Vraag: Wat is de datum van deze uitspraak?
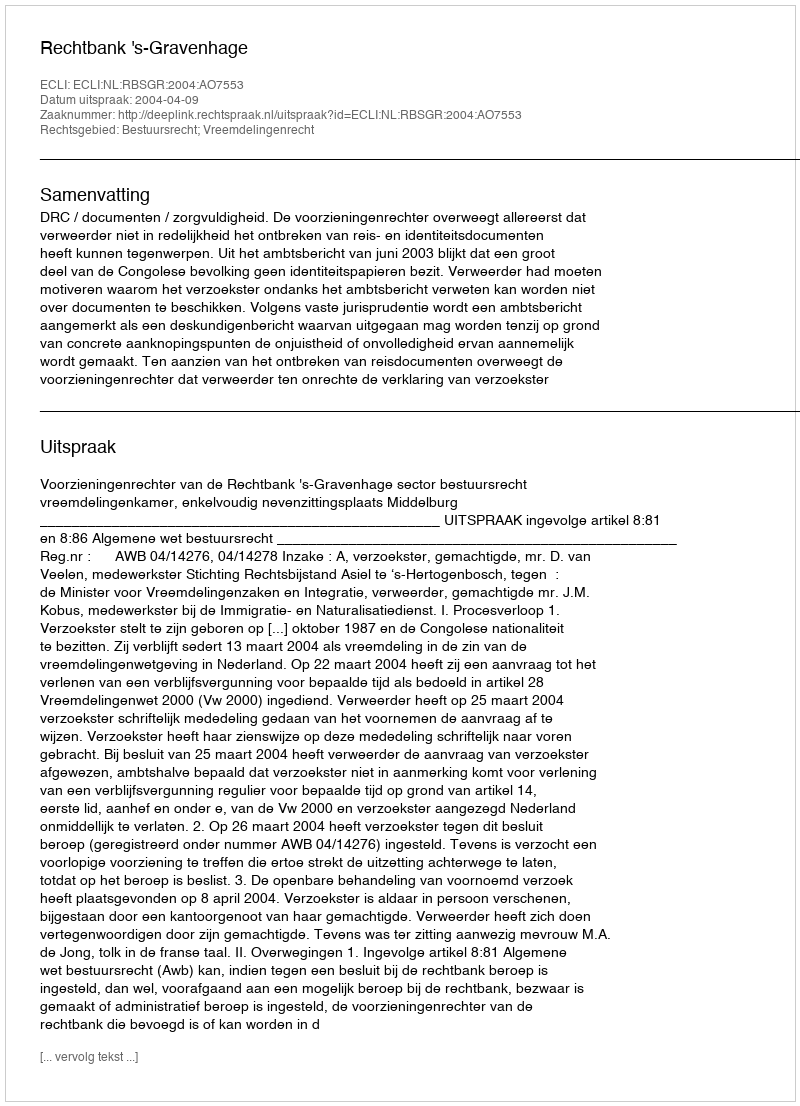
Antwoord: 2004-04-09